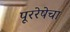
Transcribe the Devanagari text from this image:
पूररेषेचा